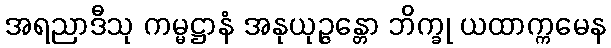
အရညာဒီသု ကမ္မဋ္ဌာနံ အနုယုဉ္ဇန္တော ဘိက္ခု ယထာက္ကမေန